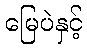
မြေပဲနှင့်